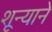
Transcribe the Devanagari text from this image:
शून्याने